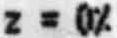
Z=0%